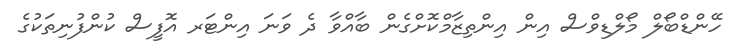
ހޭންޑްބޯލް މޯލްޑިވްސް އިން އިންތިޒާމްކޮށްގެން ބާއްވާ ދެ ވަނަ އިންޓަރ އޮފީސް ކުންފުނިތަކުގެ